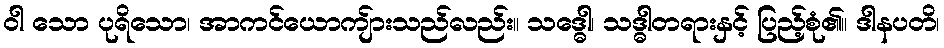
ဝါ သော ပုရိသော၊ အာကင်ယောကျ်ားသည်လည်း။ သဒ္ဓေါ၊ သဒ္ဓါတရားနှင့် ပြည့်စုံ၏။ ဒါနပတိ၊